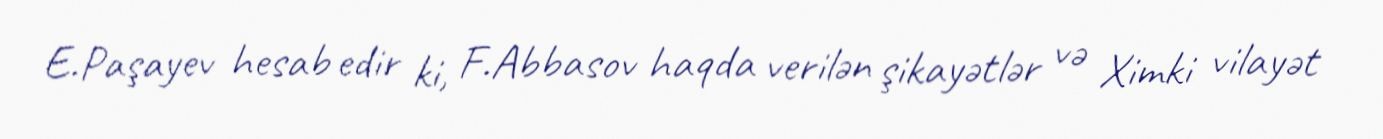
E.Paşayev hesab edir ki, F.Abbasov haqda verilən şikayətlər və Ximki vilayət